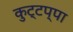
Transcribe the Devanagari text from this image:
कुट्टप्पा